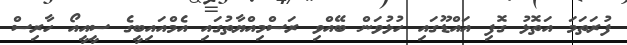
ފުރަތަމަ އަތޮޅު ގޮފި އައްޑޫގައި ހުޅުވަން ބޭއްވި ރަސްމިއްޔާތުގައި އެމްއައިބީގެ ސީއީއޯ ހާރިސް